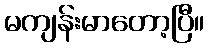
မကျန်းမာတော့ပြီ။